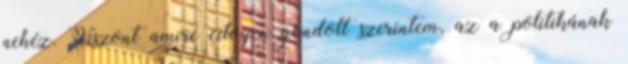
nehéz. Viszont amire citoyen gondolt szerintem, az a politikának